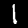
Digit: 1